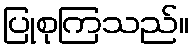
ပြုစုကြသည်။